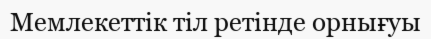
Мемлекеттік тіл ретінде орнығуы